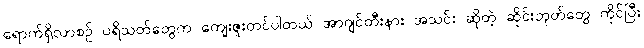
ရောက်ရှိလာစဉ် ပရိသတ်တွေက ကျေးဇူးတင်ပါတယ် အာဂျင်တီးနား အသင်း ဆိုတဲ့ ဆိုင်းဘုတ်တွေ ကိုင်ပြီး